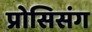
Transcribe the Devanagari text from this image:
प्रोसिसंग